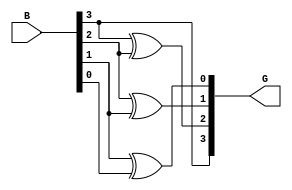
`timescale 1ns / 1ps
//////////////////////////////////////////////////////////////////////////////////
// Company: 
// Engineer: 
// 
// Design Name: 
// Module Name:    BinarytoGray 
// Project Name: 
// Target Devices: 
// Tool versions: 
// Description: 
//
// Dependencies: 
//
// Revision: 
// Revision 0.01 - File Created
// Additional Comments: 
//
//////////////////////////////////////////////////////////////////////////////////
module BinarytoGray(B,G
    );
input [3:0] B;
output [3:0] G;

assign G[3]=B[3];
assign G[2]=B[3]^B[2];
assign G[1]=B[2]^B[1];
assign G[0]=B[1]^B[0];

endmodule